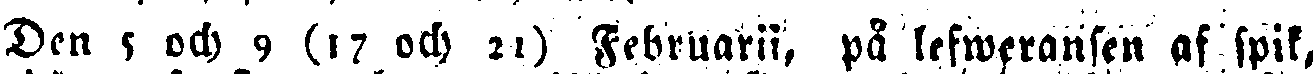
Den 5 och 9 (17 och 21) Februarii, på lefweransen af spik,